Sketch of the medical history of the native army of Bombay, for the year
Year: 1872
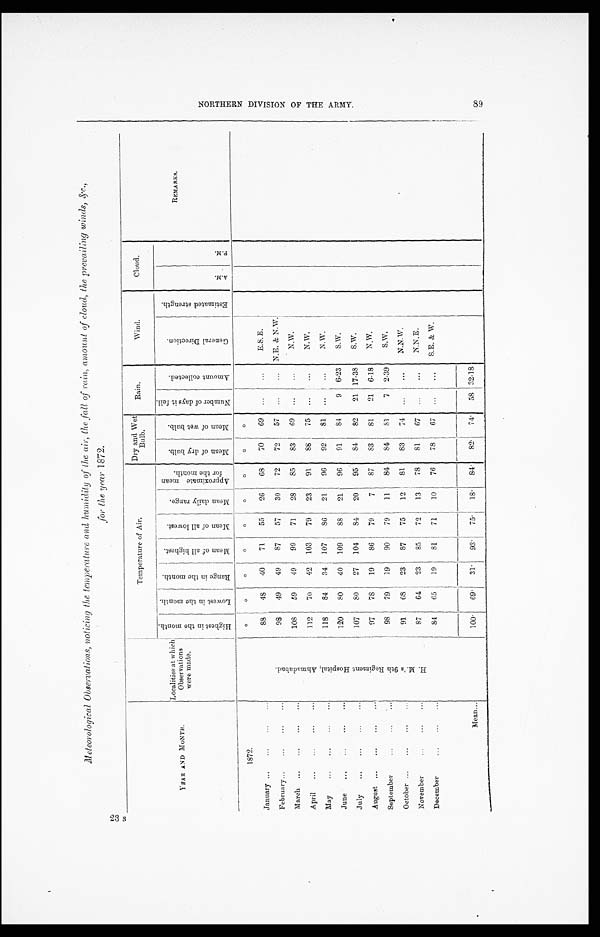
M e t e o r o l o g i c a l O b s e r v a t i o n , n o t i c i n g t h e t e m p e r a t u r e a n d h u m i d i t y o f t h e a i r , t h e f a l l o f r a i n , a m o u n t o f c l o u d , t h e p r e v a i l i n g w i n d s , & c .
, for the year 1872.
YEAR AND MONTH.
Localities at which
Observations
were made.
Temperature of Air.
Dry and Wet
Bulb.
Rain.
Wind.
Cloud.
R E M A R K S .
H i g h e s t i n t h e m o n t h .
L o w e s t i n t h e m o n t h .
R a n g e i n t h e m o n t h .
M e a n o f a l l h i g h e s t .
M e a n o f a l l l o w e s t . M e a n d a i l y r a n g e .
A p p r o x i m a t e m e a n f o r t h e m o n t h .
M e a n o f d r y b u l b .
M e a n o f w e t b u l b .
N u m b e r o f d a y s i t f e l l .
A m o u n t c o l l e c t e d .
G e n e r a l D i r e c t i o n .
E s t i m a t e d s t r e n g t h .
A . M .
P . M .
1872.
H . M . ' s 9 t h R e g i m e n t H o s p i t a l , A h m a d a b a d .
○
○
○
○
○
○
○
○
○
January
88
48 40
71
55
26
68
70
69
. . .
. . .
E.S.E.
F e b ru a r y
98
49
49
87
57
30
72
72
57
...
... N.E & N.W.
March
108
59
49
99
71
28
85
83
69 ...
. . . N.W.
April
112
70
42 103
79
23
91
8 8 75 ...
...
N.W.
May
118
84
34 107
86
21
96
92
81 ...
. . .
N.W.
June
120
80
40 109
88
21
96
91
8 4
9 6.23
S.W.
July
107
8 0 27 104
84
20
95
84
82
21 17.38
S.W.
August
97
78
19
86
79
7
87
8 3 81
21 6.18
N.W.
September
98
79
19
90
79
11
84
84
81
7 2.39
S.W.
October
91
68
23
87
75
12
81
83
74
. . . . . .
N. N. W.
November
87
64
23
85
72
13
78
81
67 ...
...
N.N.E.
December
84
65
19
81
71
10
76
78
67
...
. . .
S.E. & W.
Mean
100. 69. 31. 93. 75.
18. 84.
82. 74.
58 32.18
N O R T H E R N D I V I S I O N O F T T H E A R M Y . 8 9